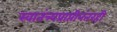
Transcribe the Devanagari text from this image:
स्वातंत्र्यप्राप्तीनंतरही